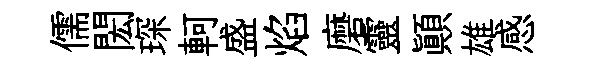
儒閎琛軻盛焰磨靈顛雄感